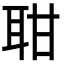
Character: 𦕐